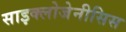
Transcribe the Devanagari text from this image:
साइक्लोजेनीसिस